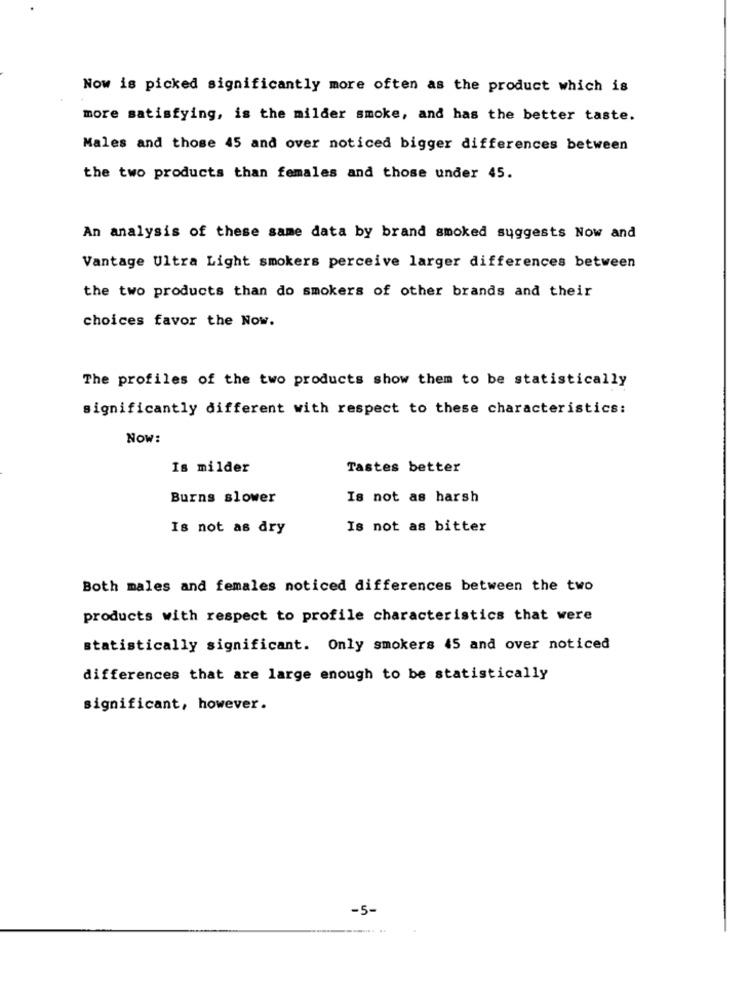
Now is picked significantly more often as the product which is
more satisfying, is the milder smoke, and has the better taste.
Males and those 45 and over noticed bigger differences between
the two products than females and those under 45.
An analysis of these same data by brand smoked suggests Now and
Vantage Ultra Light smokers perceive larger differences between
the two products than do smokers of other brands and their
choices favor the Now.
The profiles of the two products show them to be statistically
significantly different with respect to these characteristics:
Now:
Is milder
Tastes better
Burns slower
Is not as harsh
Is not as dry
Is not as bitter
Both males and females noticed differences between the two
products with respect to profile characteristics that were
statistically significant. Only smokers 45 and over noticed
differences that are large enough to be statistically
significant, however.
-5-